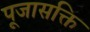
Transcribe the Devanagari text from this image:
पूजासक्ति